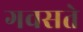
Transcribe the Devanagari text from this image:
गवसते